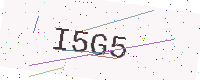
Text: I5G5